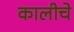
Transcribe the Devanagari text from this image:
कालीचे